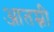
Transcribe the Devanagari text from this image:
आतम्नी